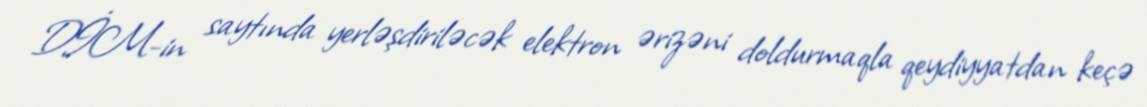
DİM-in saytında yerləşdiriləcək elektron ərizəni doldurmaqla qeydiyyatdan keçə